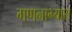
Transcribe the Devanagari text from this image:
गणनाभ्यास